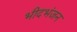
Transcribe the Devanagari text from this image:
भीदभंजन